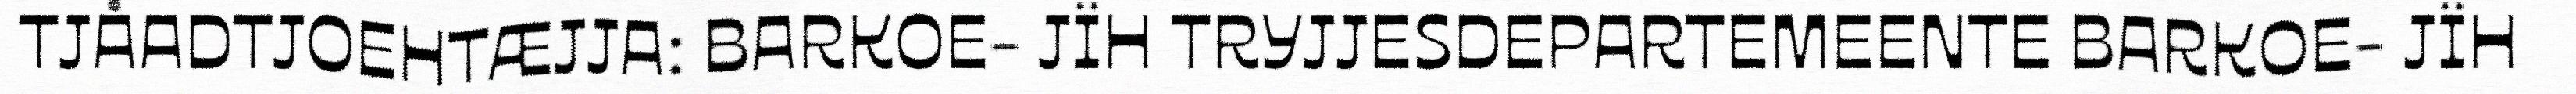
TJÅADTJOEHTÆJJA: BARKOE- JÏH TRYJJESDEPARTEMEENTE BARKOE- JÏH